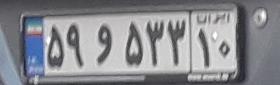
۵۹و۵۳۳۱۰